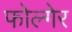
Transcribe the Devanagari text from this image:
फोल्गेर